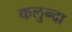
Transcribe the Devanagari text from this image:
कलुन्दा